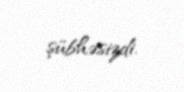
şübhəsizdi.